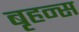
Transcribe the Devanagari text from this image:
बृहन्स